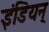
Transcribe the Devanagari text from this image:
इंडियन्